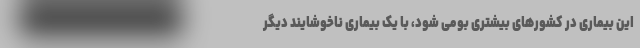
این بیماری در کشورهای بیشتری بومی شود، با یک بیماری ناخوشایند دیگر